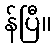
န်ပြီ။